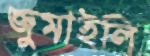
জুমাইলি